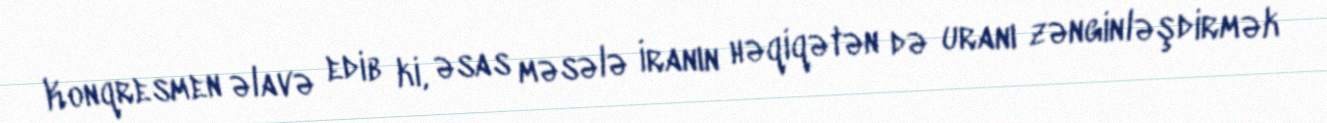
Konqresmen əlavə edib ki, əsas məsələ İranın həqiqətən də uranı zənginləşdirmək